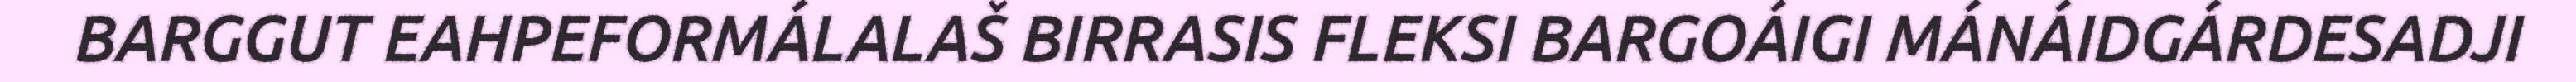
BARGGUT EAHPEFORMÁLALAŠ BIRRASIS FLEKSI BARGOÁIGI MÁNÁIDGÁRDESADJI